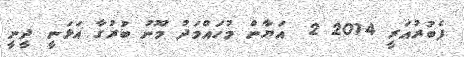
ފެބުރުއަރީ 2014 2  އަޔާން މުހައްމަދު މޫނު ބުރުގާ އަޅަނީ ދީނީ